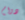
دوام